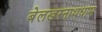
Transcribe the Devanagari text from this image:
बेलखरनाथधाम